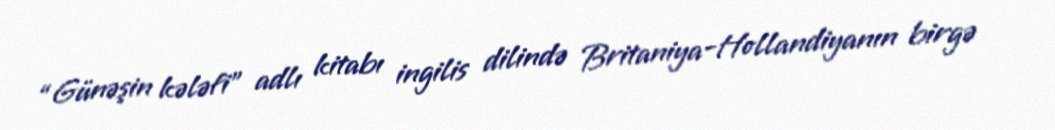
“Günəşin kələfi” adlı kitabı ingilis dilində Britaniya-Hollandiyanın birgə